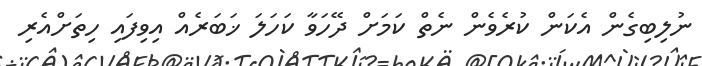
ނުލިބިގެން އެކަން ކުރެވެން ނެތް ކަމަށް ދޭހަވާ ކަހަލަ ޚަބަރެއް އިވިފައި ހިތަށްއެރި